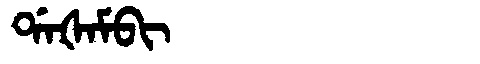
Manchu: ᡩᠠᡧᠠᠮᠪᡳ
Romanization: DAŠAMBI